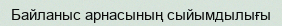
Байланыс арнасының сыйымдылығы